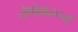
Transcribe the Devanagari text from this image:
तेणेकरून